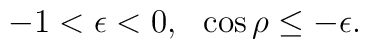
-1 <\epsilon <0, \ \ \cos\rho \le -\epsilon .